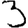
Digit: 3